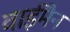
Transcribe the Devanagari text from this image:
वाईमैन